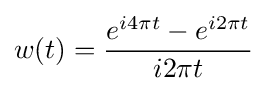
w(t)={\frac {e^{i4\pi t}-e^{i2\pi t}}{i2\pi t}}